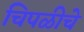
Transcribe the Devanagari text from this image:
चिपळीचे